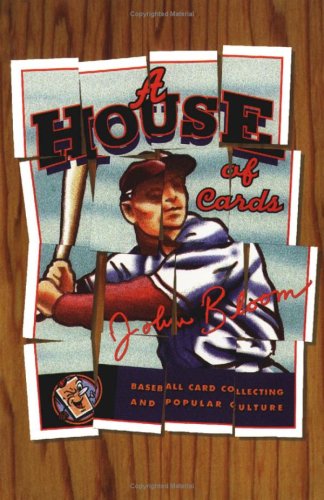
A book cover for House Of Cards: Baseball Card Collecting and Popular Culture (American Culture); John Bloom; Crafts, Hobbies & Home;